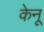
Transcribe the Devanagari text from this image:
केनू